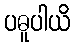
ပဓူပါယိ